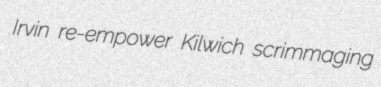
Irvin re-empower Kilwich scrimmaging